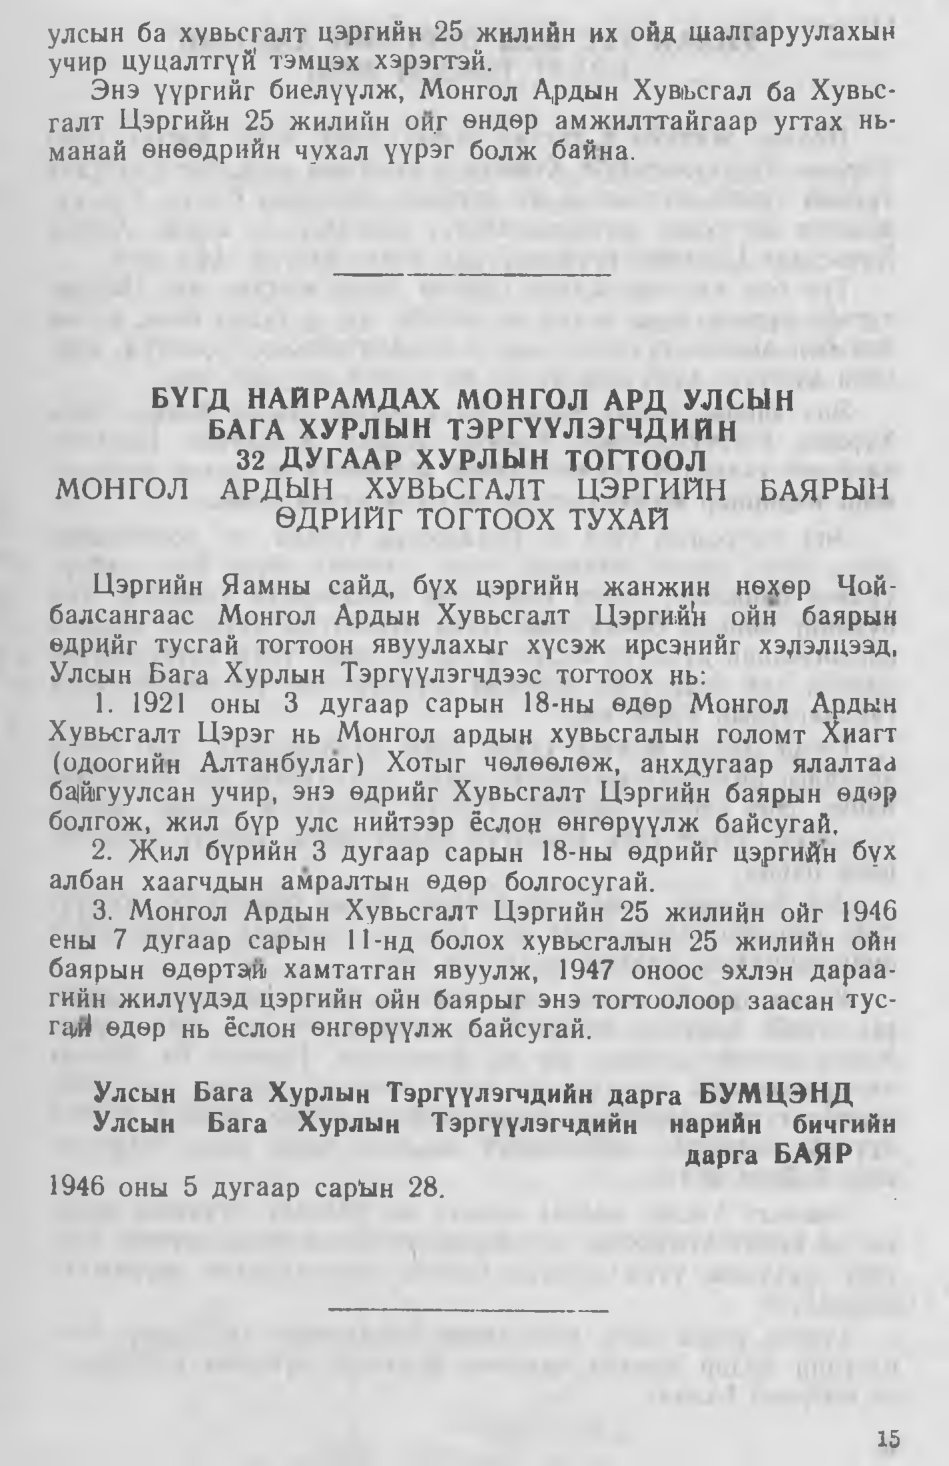
Language: mn